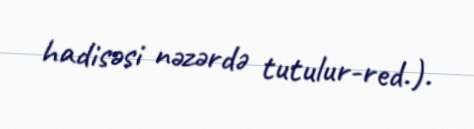
hadisəsi nəzərdə tutulur-red.).